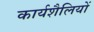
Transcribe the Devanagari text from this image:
कार्यशैलियों